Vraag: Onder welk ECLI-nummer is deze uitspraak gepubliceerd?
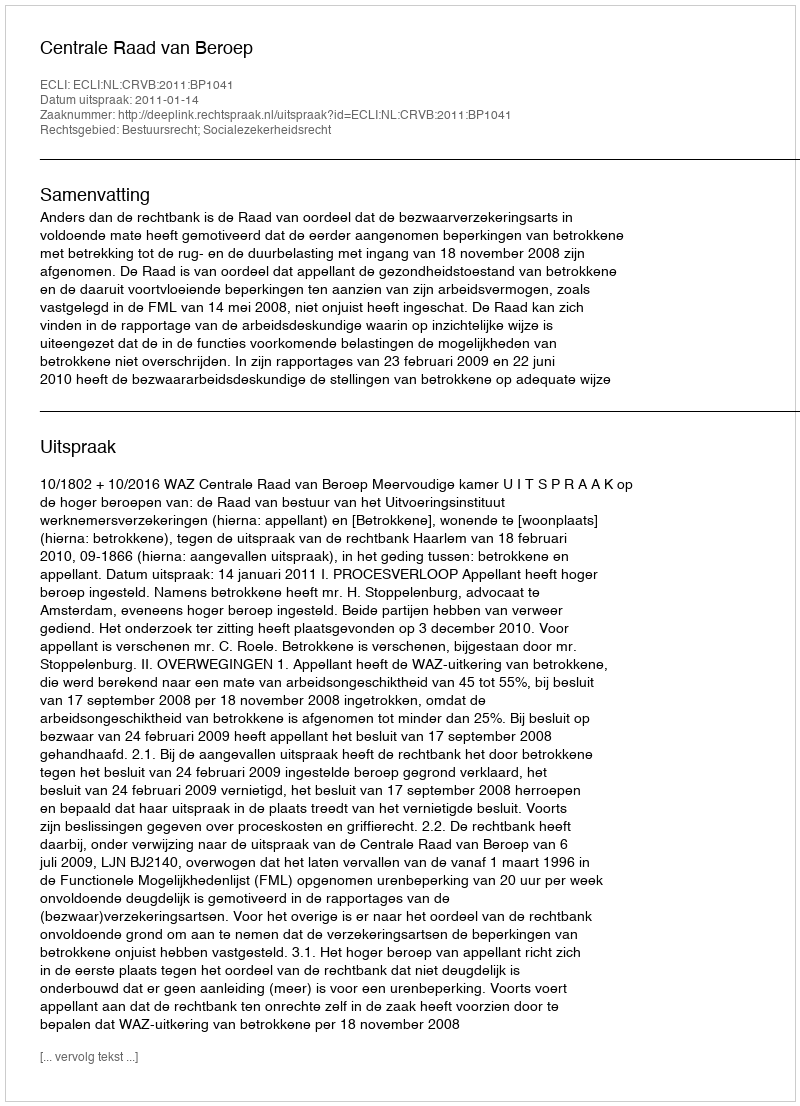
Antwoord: ECLI:NL:CRVB:2011:BP1041